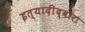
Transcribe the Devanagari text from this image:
इत्यादींद्वारा